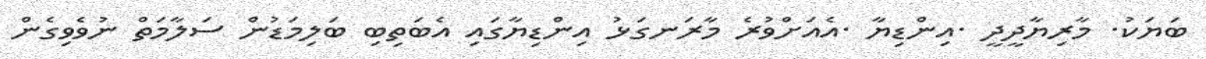
ބަޔަކު. މާރިޔާދީދީ .އިންޑިޔާ .އެއަށްވުރެ މާރަނގަޅު އިންޑިޔާގައި އެބަތިބި ބަލިމަޑުން ސަލާމަތް ނުވެވިގެން